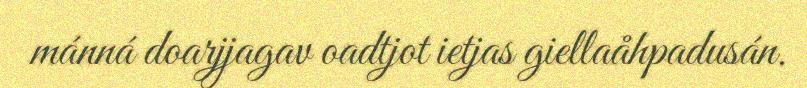
mánná doarjjagav oadtjot ietjas giellaåhpadusán.